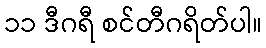
၁၁ ဒီဂရီ စင်တီဂရိတ်ပါ။